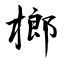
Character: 榔